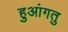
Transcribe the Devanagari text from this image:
हुआंगतु